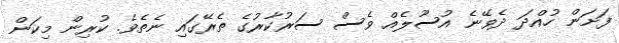
ފަށަން ހުއްދަ ދެވޭނެ އުސޫލެއް ވެސް ސަރުކާރުގެ ތެރޭގައި ނެތެވެ. ކުރިން މިކަން